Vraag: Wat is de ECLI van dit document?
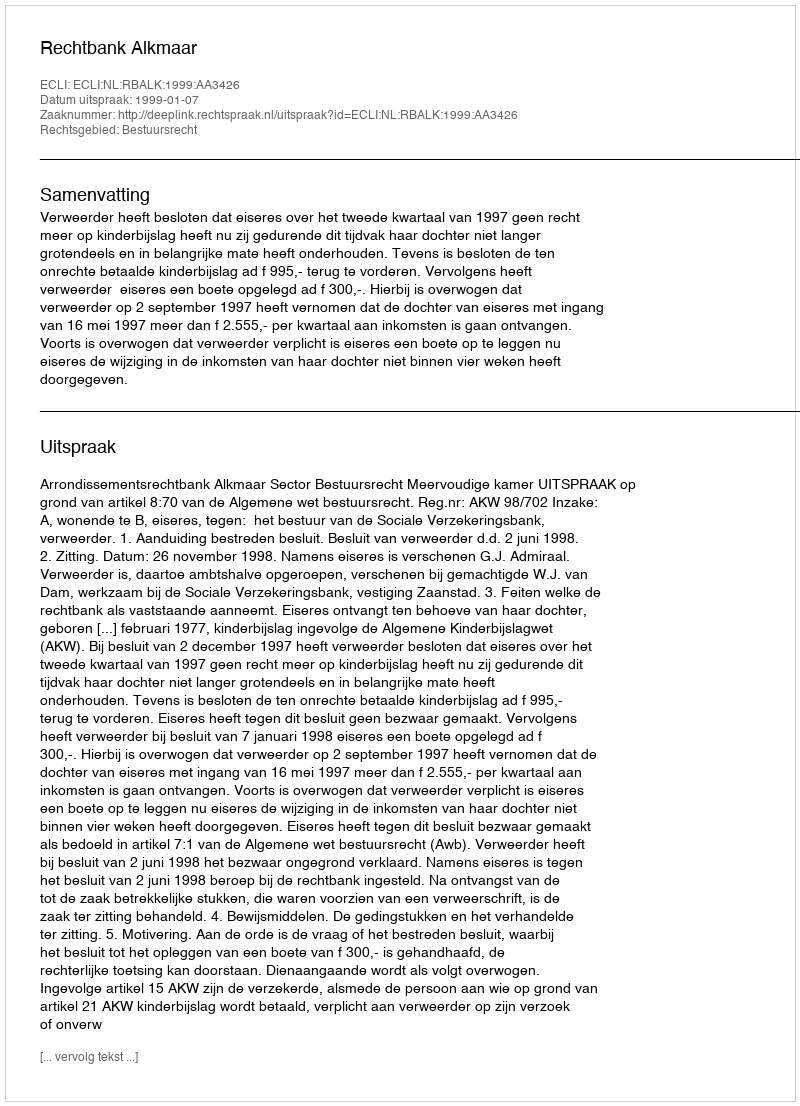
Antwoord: ECLI:NL:RBALK:1999:AA3426